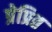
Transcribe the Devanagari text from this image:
प्रेप्रित